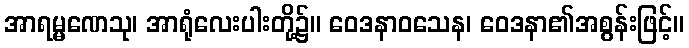
အာရမ္မဏေသု၊ အာရုံလေးပါးတို့၌။ ဝေဒနာဝသေန၊ ဝေဒနာ၏အစွန်းဖြင့်။